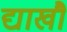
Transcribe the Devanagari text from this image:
द्याखौ